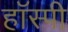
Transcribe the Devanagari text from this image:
हॉस्पी